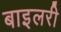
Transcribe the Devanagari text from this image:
बाइलरी